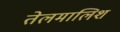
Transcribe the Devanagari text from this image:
तेलमालिश